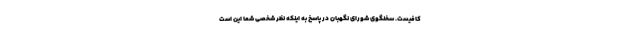
کافیست. سخنگوی شورای نگهبان در پاسخ به اینکه نظر شخصی شما این است